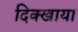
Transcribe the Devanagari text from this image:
दिक्खाया